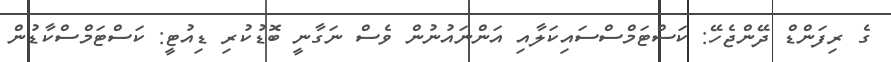
ގެ ރިފަންޑް ދޭންޖެހޭ: ކަސްޓަމްސްސައިކަލާއި އަންނައުނުން ވެސް ނަގާނީ ބޮޑުކުރި ޑިއުޓީ: ކަސްޓަމްސްކާޑުން